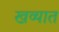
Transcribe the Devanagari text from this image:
खव्यात